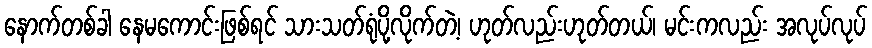
နောက်တစ်ခါ နေမကောင်းဖြစ်ရင် သားသတ်ရုံပို့လိုက်တဲ့၊ ဟုတ်လည်းဟုတ်တယ်၊ မင်းကလည်း အလုပ်လုပ်